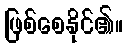
ဖြစ်စေနိုင်၏။